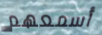
أسمعهم